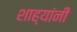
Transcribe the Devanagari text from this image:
शाह्यांनी